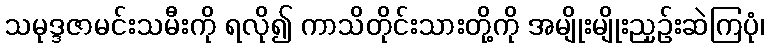
သမုဒ္ဒဇာမင်းသမီးကို ရလို၍ ကာသိတိုင်းသားတို့ကို အမျိုးမျိုးညှဉ်းဆဲကြပုံ၊